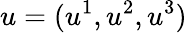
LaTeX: u=(u^{1},u^{2},u^{3})